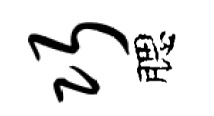
巧腮